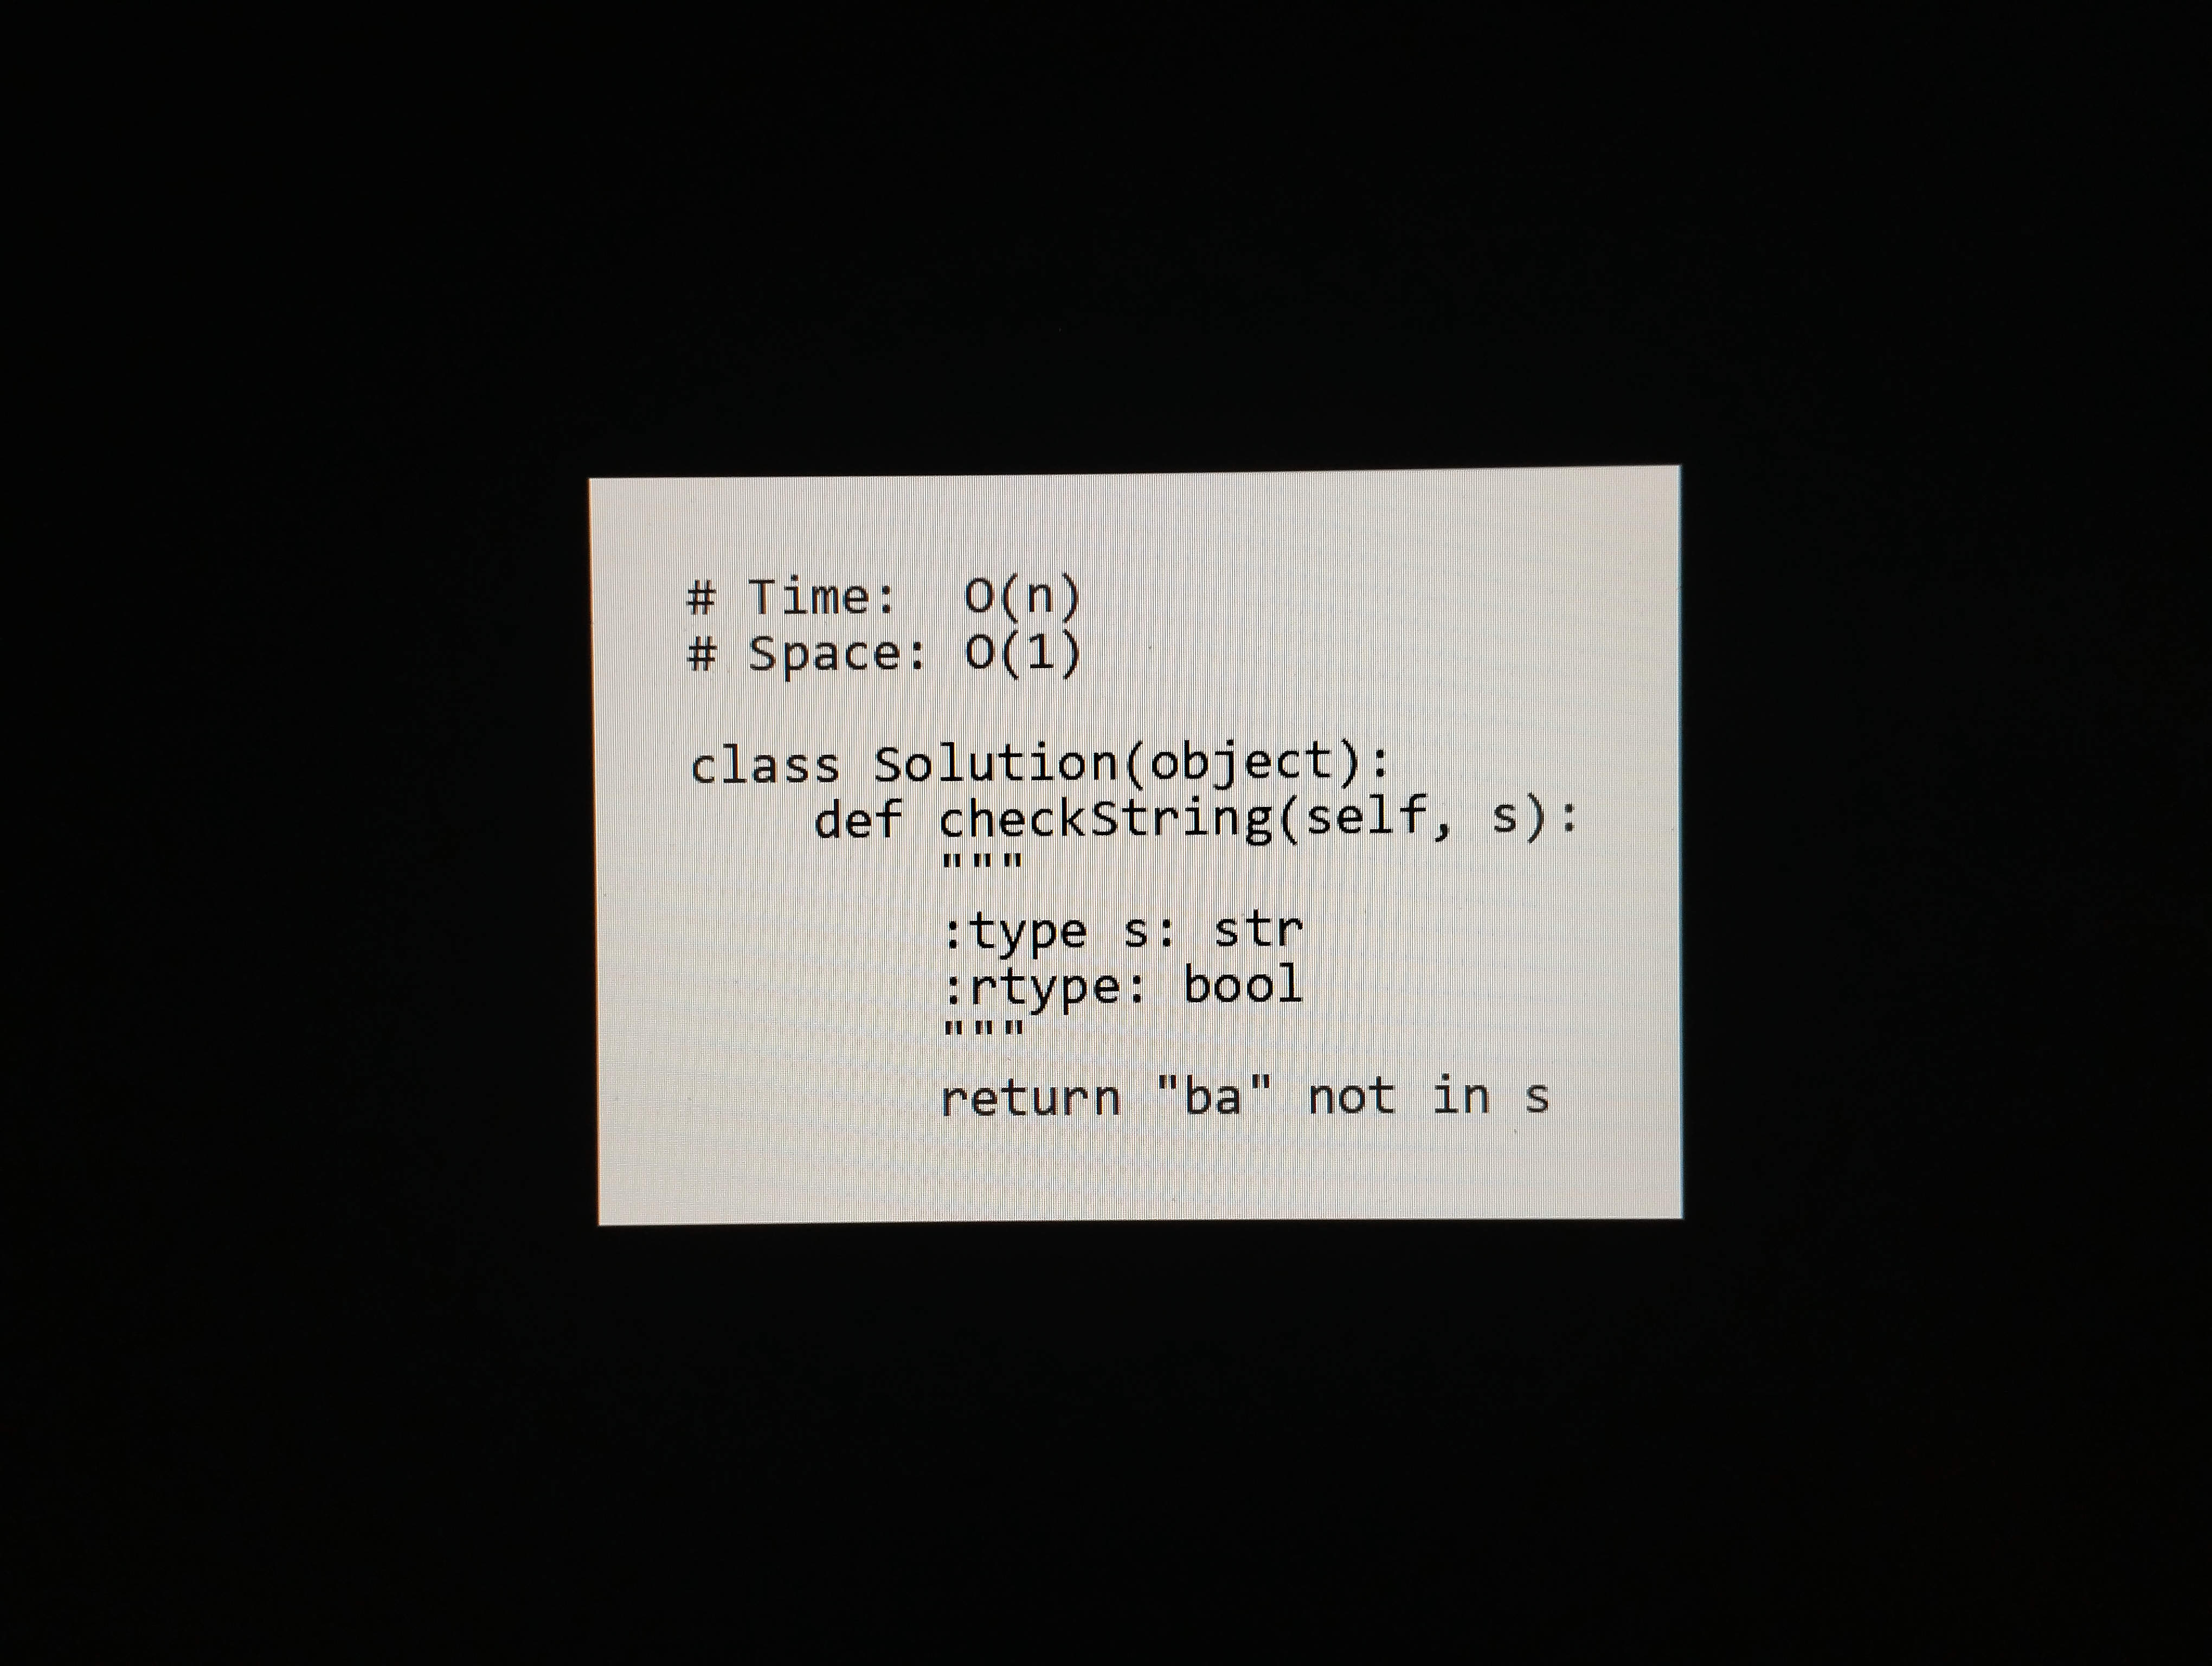
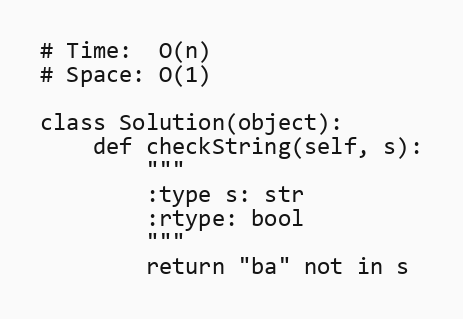
# Time:  O(n)
# Space: O(1)

class Solution(object):
    def checkString(self, s):
        """
        :type s: str
        :rtype: bool
        """
        return "ba" not in s